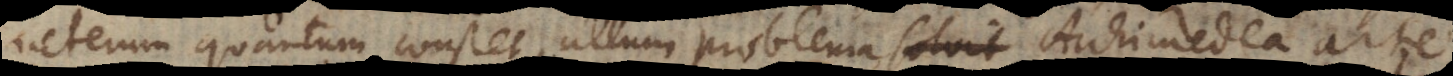
veterum quantum constet, ullum problema Archimedea arte